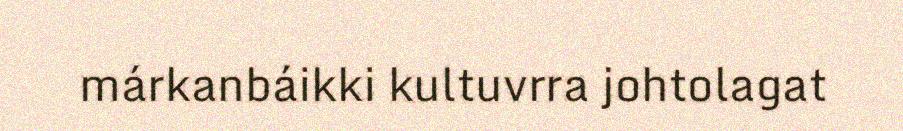
márkanbáikki kultuvrra johtolagat